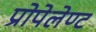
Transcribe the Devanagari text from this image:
प्रोपेलेण्ट